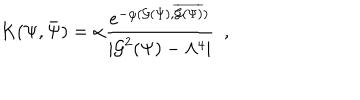
LaTeX: { K } ( \Psi , \bar { \Psi } ) = \alpha { \frac { e ^ { - \varphi ( { \cal G } ( \Psi ) , \overline { { { { \cal G } ( \Psi ) } } } ) } } { | { \cal G } ^ { 2 } ( \Psi ) - \Lambda ^ { 4 } | } } \ \ ,